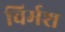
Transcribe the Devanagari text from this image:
विर्मश